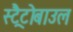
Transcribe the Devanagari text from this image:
स्ट्रैटोबाउल